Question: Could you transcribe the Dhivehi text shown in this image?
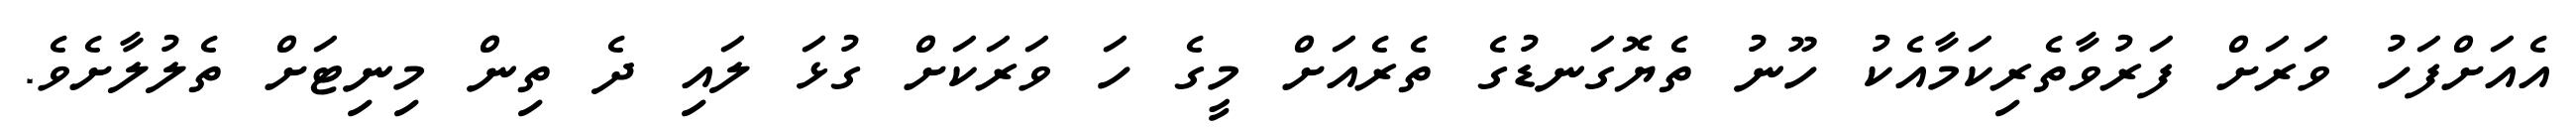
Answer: އެއަށްފަހު ވަރަށް ފަރުވާތެރިކަމާއެކު ހޫނު ތެޔޮގަނޑުގެ ތެރެއަށް މީގެ ހަ ވަރަކަށް ގުޅަ ލައި ދެ ތިން މިނިޓަށް ތެލުލާށެވެ.